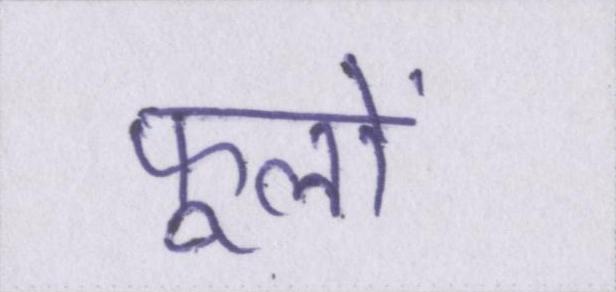
फूलों